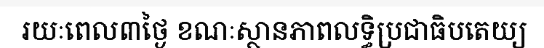
រយៈពេល៣ថ្ងៃ ខណៈស្ថានភាពលទ្ធិប្រជាធិបតេយ្យ